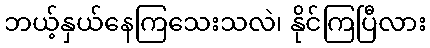
ဘယ့်နှယ်နေကြသေးသလဲ၊ နိုင်ကြပြီလား